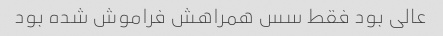
عالی بود فقط سس همراهش فراموش شده بود